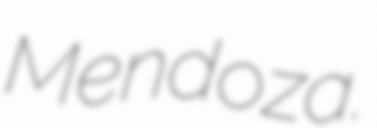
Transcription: Mendoza.